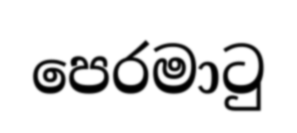
පෙරමාටු